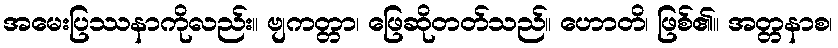
အမေးပြဿနာကိုလည်း။ ဗျကတ္တာ၊ ဖြေဆိုတတ်သည်။ ဟောတိ၊ ဖြစ်၏။ အတ္တနာစ၊